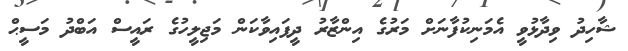
ޝާހިދު ވިދާޅުވީ އެމަނިކުފާނަށް މަރުގެ އިންޒާރު ދީފައިވާކަން މަޖިލީހުގެ ރައީސް އަބްދު މަސީޙް